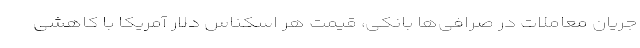
جریان معاملات در صرافی‌ها بانکی، قیمت هر اسکناس دلار آمریکا با کاهشی